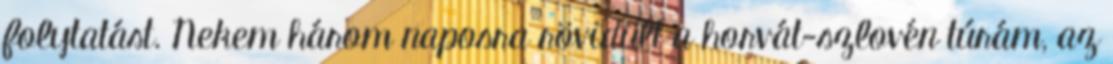
folytatást. Nekem három naposra rövidült a horvát-szlovén túrám, az